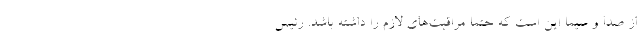
از صدا و سیما این است که حتما مراقبت‌های لازم را داشته باشد. رئیس